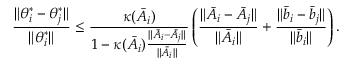
\frac { \lVert \theta _ { i } ^ { * } - \theta _ { j } ^ { * } \rVert } { \lVert \theta _ { i } ^ { * } \rVert } \le \frac { \kappa ( \bar { A } _ { i } ) } { 1 - \kappa ( \bar { A } _ { i } ) \frac { \lVert \bar { A } _ { i } - \bar { A } _ { j } \rVert } { \lVert \bar { A } _ { i } \rVert } } \left( \frac { \lVert \bar { A } _ { i } - \bar { A } _ { j } \rVert } { \lVert \bar { A } _ { i } \rVert } + \frac { \lVert \bar { b } _ { i } - \bar { b } _ { j } \rVert } { \lVert \bar { b } _ { i } \rVert } \right) .